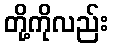
တို့ကိုလည်း